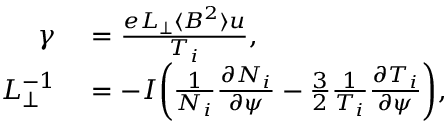
\begin{array} { r l } { \gamma } & { { } = \frac { e L _ { \perp } \langle B ^ { 2 } \rangle u } { T _ { i } } , } \\ { L _ { \perp } ^ { - 1 } } & { { } = - I \bigg ( \frac { 1 } { N _ { i } } \frac { \partial N _ { i } } { \partial \psi } - \frac { 3 } { 2 } \frac { 1 } { T _ { i } } \frac { \partial T _ { i } } { \partial \psi } \bigg ) , } \end{array}